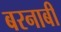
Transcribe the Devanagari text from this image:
बरनाबी